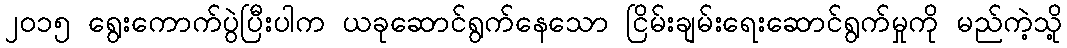
၂၀၁၅ ရွေးကောက်ပွဲပြီးပါက ယခုဆောင်ရွက်နေသော ငြိမ်းချမ်းရေးဆောင်ရွက်မှုကို မည်ကဲ့သို့